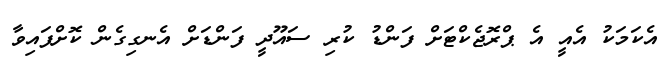
އެކަމަކު އެއީ އެ ޕްރޮޖެކްޓަށް ފަންޑު ކުރި ސައޫދީ ފަންޑަށް އެނގިގެން ކޮށްފައިވާ